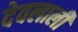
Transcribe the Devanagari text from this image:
देवलाली